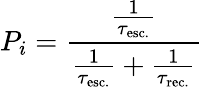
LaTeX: P_{i}={\frac{\frac{1}{\tau_{\mathrm{esc.}}}}{{\frac{1}{\tau_{\mathrm{esc.}}}}+{\frac{1}{\tau_{\mathrm{rec.}}}}}}